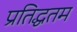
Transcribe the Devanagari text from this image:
प्रतिद्धतम